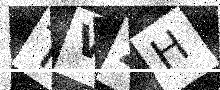
Text: TV2H